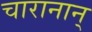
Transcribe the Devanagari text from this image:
चारानान्